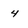
Character: 4